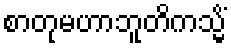
စာတုမဟာဘူတိကသ္မိံ